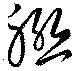
聯